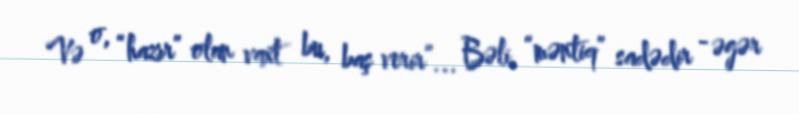
Və o, “hazır” olan vaxt bu, baş verir”... Bəli, “məntiq” sadədir - əgər